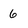
Character: 6